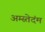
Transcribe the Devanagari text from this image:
अम्स्तेदंम